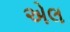
એલ